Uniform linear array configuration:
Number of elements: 8
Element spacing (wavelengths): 0.5
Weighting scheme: binomial
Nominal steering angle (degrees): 60
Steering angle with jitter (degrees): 58.998
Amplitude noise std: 0.05
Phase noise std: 0.05

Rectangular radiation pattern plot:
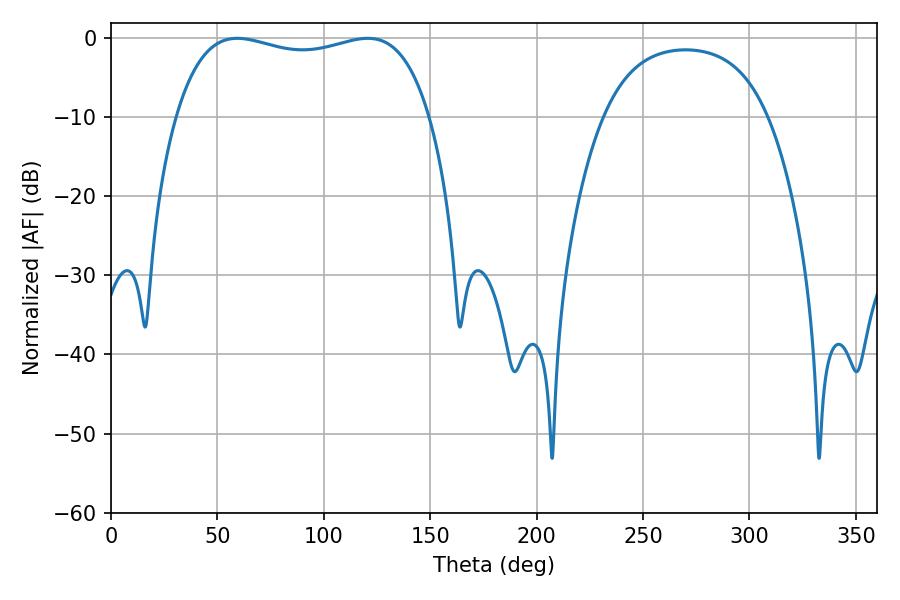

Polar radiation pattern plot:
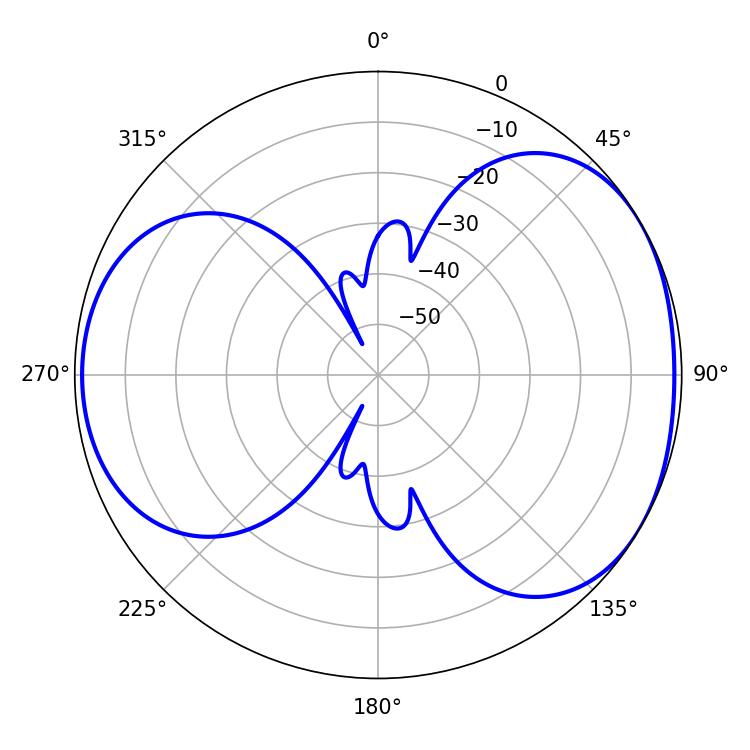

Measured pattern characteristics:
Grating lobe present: FALSE
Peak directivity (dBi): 4.526
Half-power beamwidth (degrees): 96.84
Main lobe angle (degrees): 59.4